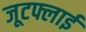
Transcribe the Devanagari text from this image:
जूटफ्लाई